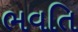
ભવતિ